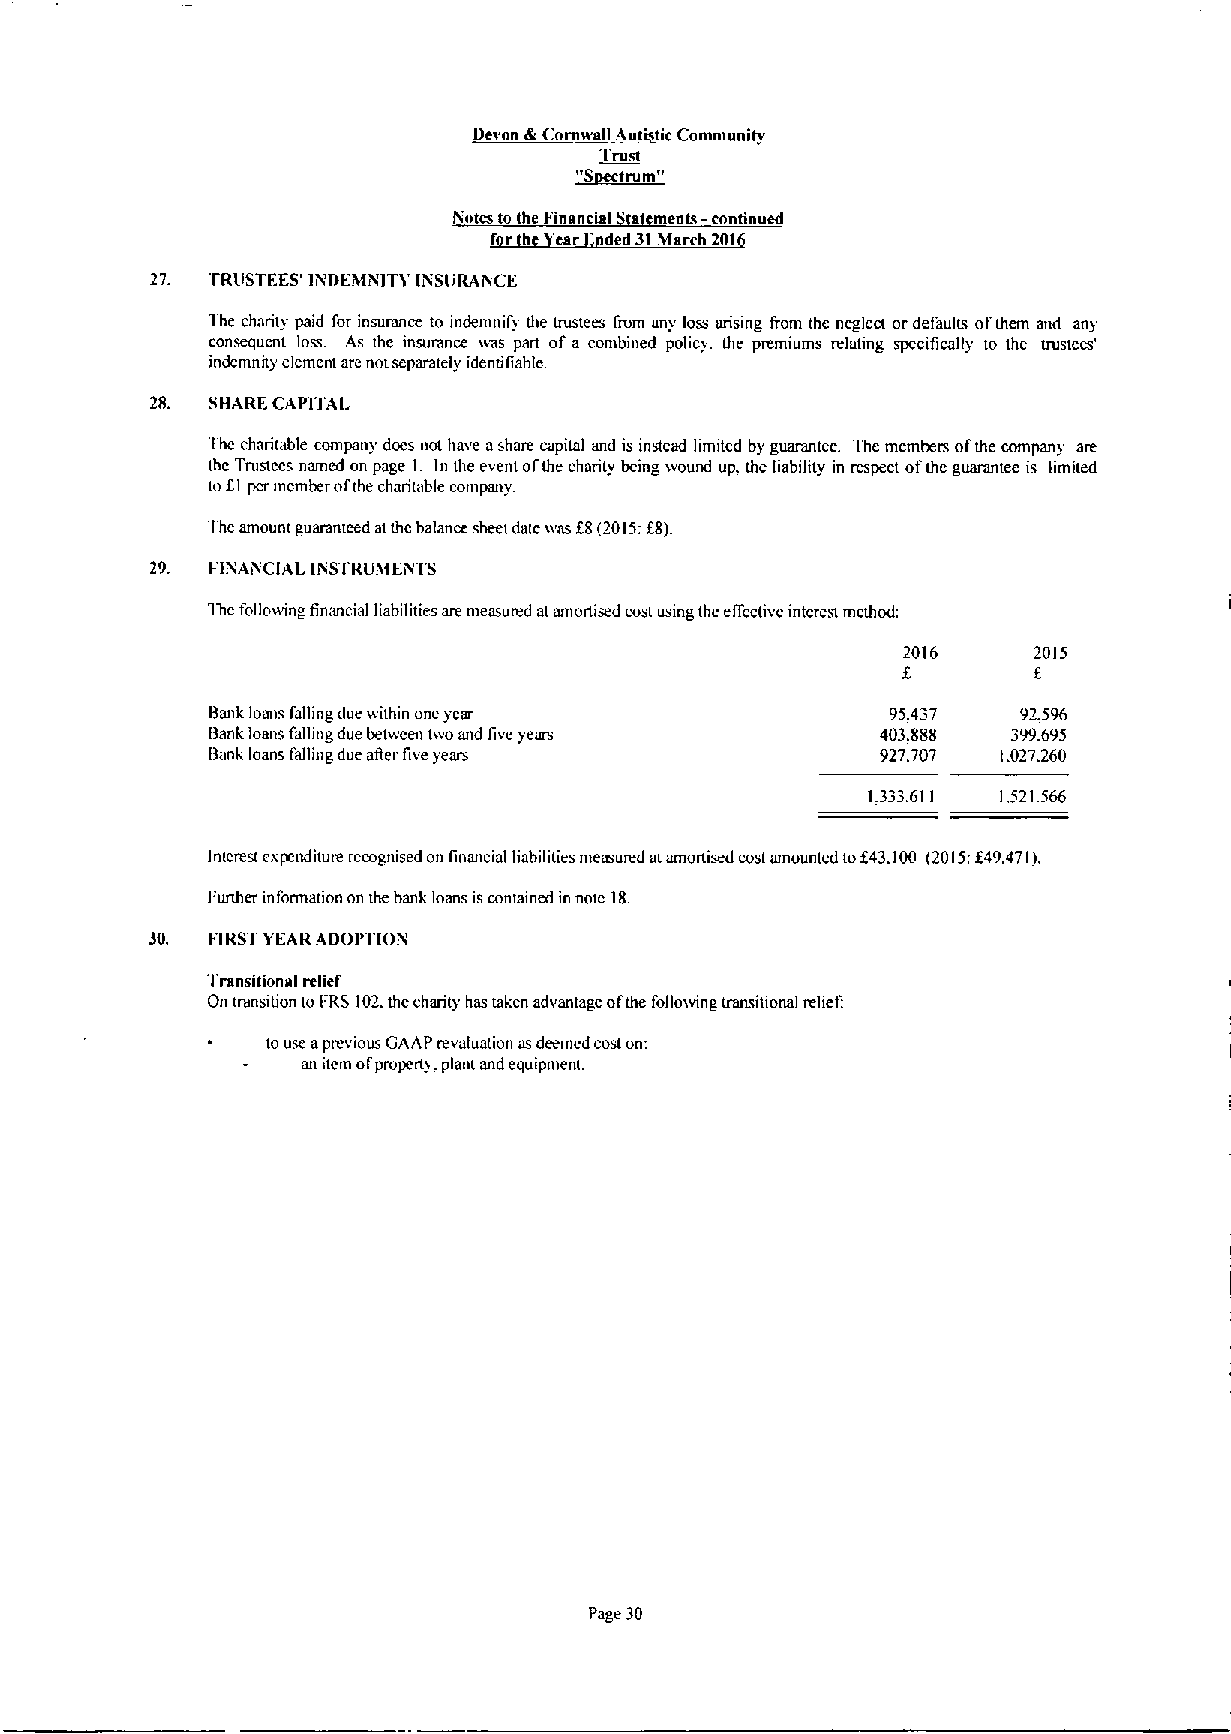
Devon di Cornwall Aut tic Communi
 Tlust
 ~Strum"
 Notes to the Financial a ments —continued
 '
 f r h 'ea ded31Mareh201
 27. TRIISTFES'INDEMNIT'Y libSURAfiCE
 The charity paid for insurance to mdemnifi the trustees from any loss arising I'rom the neglect ordefaults ofthem and an&
 consequent loss As thc insurance ivm part of a combined policy. the premiums relating specifically to the uustees'
 indemnity element are not separately identifiable
 28. SHARE CAPITA(.
 Thc charitable company docs not have ashare capital and is instead limited by guarantee. The mcmbem ofthe compan& are
 thc Trustccc named on page I. In the event ofthe charity being wound up. the liability in respect ofthc guarantee is limited
 tof,l pcr member ofthe charitable company.
 The amount guaranteed atthc balance sheet dutc vvas 88(2015:f8).
 29. FINAivtCIAL PiSTRUMFRTS
 1hcfollovnng hnancial liabilities are measured atamor!ised cost using thc elfectivc interest method:
 2016    2015
 f
 f,
 Bank loans falling due within one year       95.437   92.596
 Bank loans falhng due between two and five years 403.888 399.695
 Bank loans falling due ager five years      927.707 1.027.260
 1.333.611 1.521.566
 In(crest cspcnditure recognised on linanmal liabilities measured atamonised cost amounted tof43.100 (2015:849.471).
 I'urther information on the bank loans iscontained in note 18.
 30. FIRSTYEAR ADOPTIOR
 Transitional relief
 On transition toFRS 102.the charity has taken advantage ofthe follovving transiiional rehef:
 to use aprevious GAAP revaluation asdeemed coston:
 an item ofpropcny. plani and equipment.
 Page 30